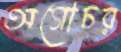
অগোচর